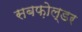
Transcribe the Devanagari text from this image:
सबफ़ोल्डर